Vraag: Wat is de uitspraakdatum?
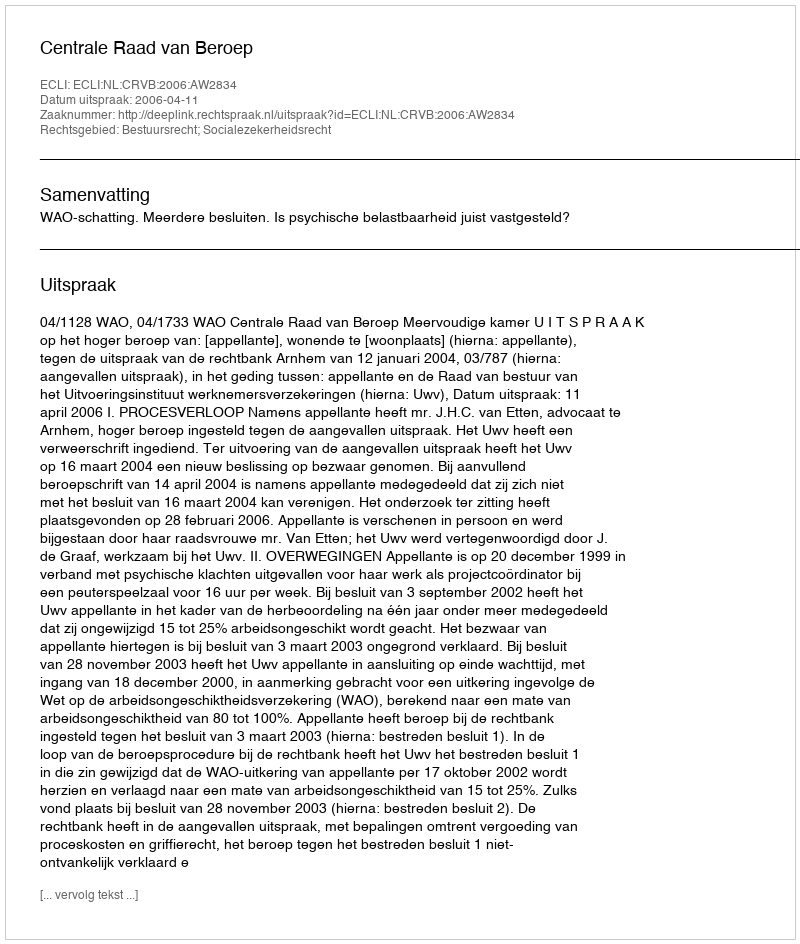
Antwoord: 2006-04-11